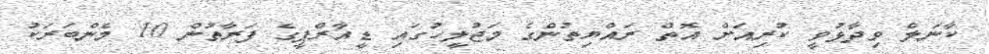
ކާނަލް ވިދާޅުވީ ކުރިއަށް އޮތް ރައްޔިތުންގެ މަޖުލީހުގައި ޑީއާރްޕީގެ ފަރާތުން 10 މެންބަރަކު